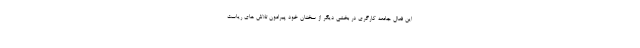
این فعال جامعه کارگری در بخشی دیگر از سخنان خود پیرامون تلاش های ریاست